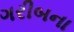
ગરીબના